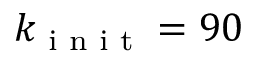
k _ { \textrm { i n i t } } = 9 0